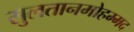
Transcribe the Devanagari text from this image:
सुलतानमोहम्मद